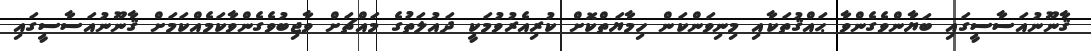
ޤާނޫނުއަސާސީގައި ބަޔާންވެގެންވާ ޙައްޤުތަކާއި މިނިވަންކަން ހިމާޔަތްކޮށް ކުރިއެރުވުމަކީ ދައުލަތުގެ މައްޗަށް ވާޖިބުވެގެންވާކަމެއްކަމަށް ޤާނޫނުއަސާސީގައި